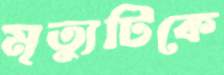
মৃত্যুটিকে